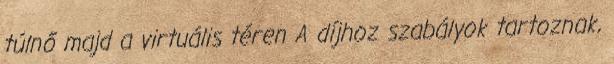
túlnő majd a virtuális téren A díjhoz szabályok tartoznak,